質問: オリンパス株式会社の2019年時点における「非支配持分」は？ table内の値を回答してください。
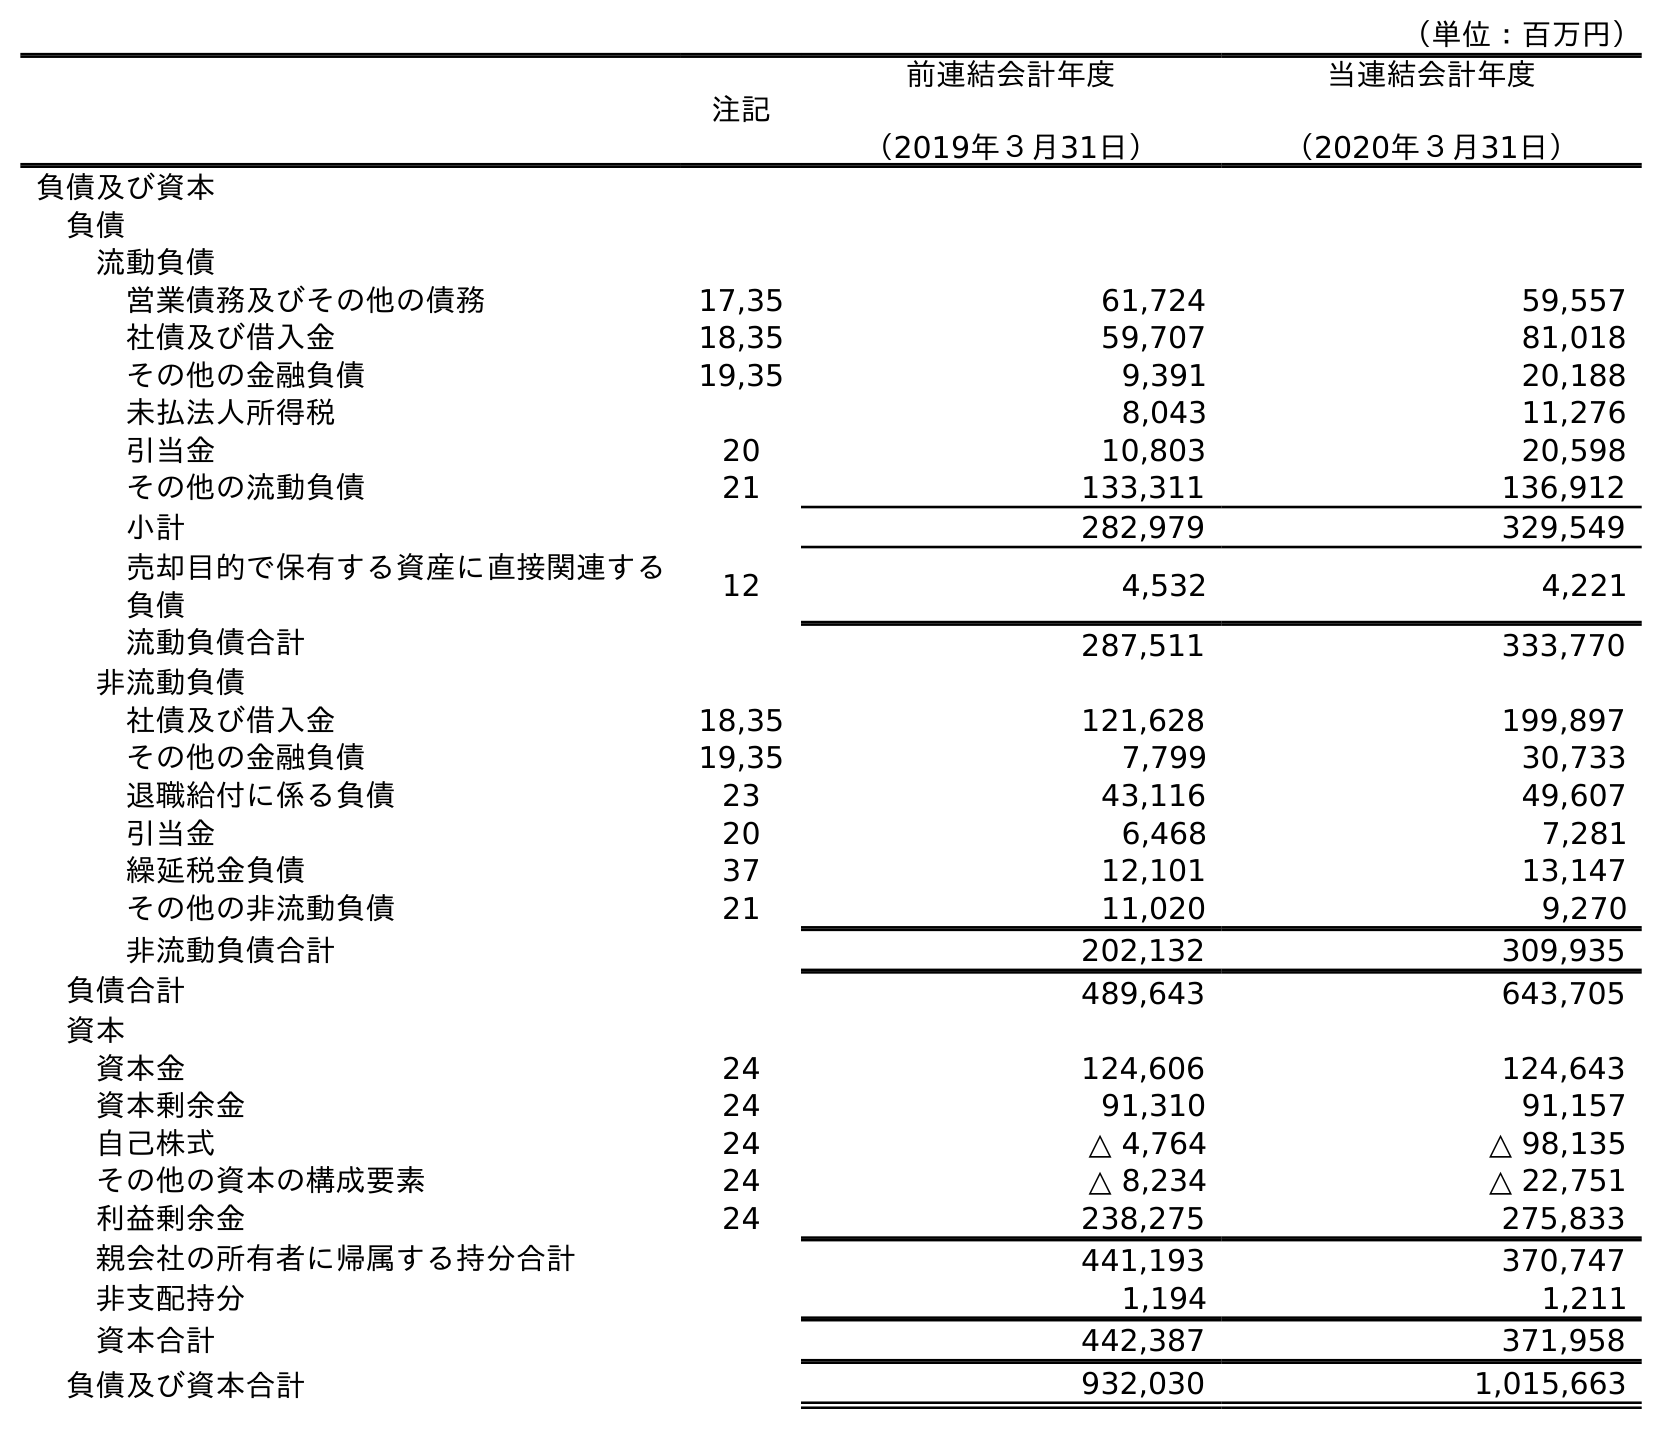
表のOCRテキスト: （単位：百万円） 注記 前連結会計年度 （2019年３月31日） 当連結会計年度 （2020年３月31日） 負債及び資本 負債 流動負債 営業債務及びその他の債務 17,35 61,724 59,557 社債及び借入金 18,35 59,707 81,018 その他の金融負債 19,35 9,391 20,188 未払法人所得税 8,043 11,276 引当金 20 10,803 20,598 その他の流動負債 21 133,311 136,912 小計 282,979 329,549 売却目的で保有する資産に直接関連する 負債 12 4,532 4,221 流動負債合計 287,511 333,770 非流動負債 社債及び借入金 18,35 121,628 199,897 その他の金融負債 19,35 7,799 30,733 退職給付に係る負債 23 43,116 49,607 引当金 20 6,468 7,281 繰延税金負債 37 12,101 13,147 その他の非流動負債 21 11,020 9,270 非流動負債合計 202,132 309,935 負債合計 489,643 643,705 資本 資本金 24 124,606 124,643 資本剰余金 24 91,310 91,157 自己株式 24 △ 4,764 △ 98,135 その他の資本の構成要素 24 △ 8,234 △ 22,751 利益剰余金 24 238,275 275,833 親会社の所有者に帰属する持分合計 441,193 370,747 非支配持分 1,194 1,211 資本合計 442,387 371,958 負債及び資本合計 932,030 1,015,663
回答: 1,194